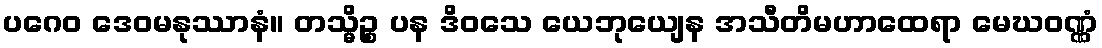
ပဂေဝ ဒေဝမနုဿာနံ။ တသ္မိဉ္စ ပန ဒိဝသေ ယေဘုယျေန အသီတိမဟာထေရာ မေဃဝဏ္ဏံ